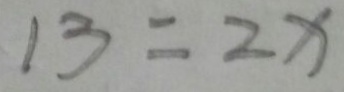
1 3 = 2 x